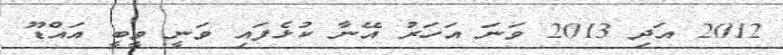
2012 އަދި 2013 ވަނަ އަހަރު އޭނާ ކުޅެފައި ވަނީ ވީބީ އައްޑޫ